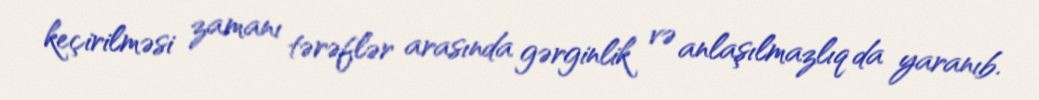
keçirilməsi zamanı tərəflər arasında gərginlik və anlaşılmazlıq da yaranıb.